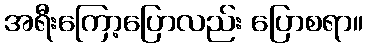
အရီးကြော့ပြောလည်း ပြောစရာ။